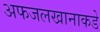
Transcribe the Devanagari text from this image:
अफजलखानाकडे